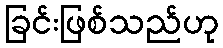
ခြင်းဖြစ်သည်ဟု